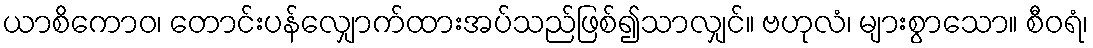
ယာစိကောဝ၊ တောင်းပန်လျှောက်ထားအပ်သည်ဖြစ်၍သာလျှင်။ ဗဟုလံ၊ များစွာသော။ စီဝရံ၊